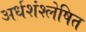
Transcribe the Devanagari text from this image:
अर्धशंश्लेषित